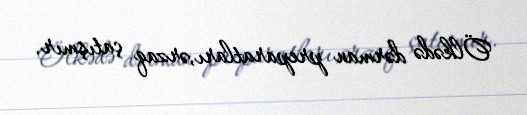
Ölkədə dərman preparatları,ərzaq çatışmır.